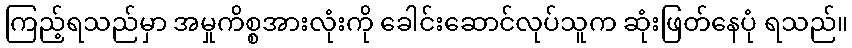
ကြည့်ရသည်မှာ အမှုကိစ္စအားလုံးကို ခေါင်းဆောင်လုပ်သူက ဆုံးဖြတ်နေပုံ ရသည်။